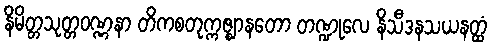
နိမိတ္တသုတ္တဝဏ္ဏနာ တိကစတုက္ကဇ္ဈာနတော တဏ္ဍုလေ နိသီဒနသယနတ္ထံ